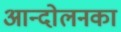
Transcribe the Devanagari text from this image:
आन्दोलनका